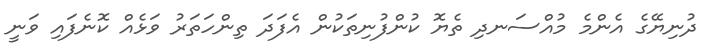
ދުނިޔޭގެ އެންމެ މުއްސަނދި ތެޔޮ ކުންފުނިތަކުން އެފަދަ ތިންހަތަރު ވަޅެއް ކޮނެފައި ވަނީ